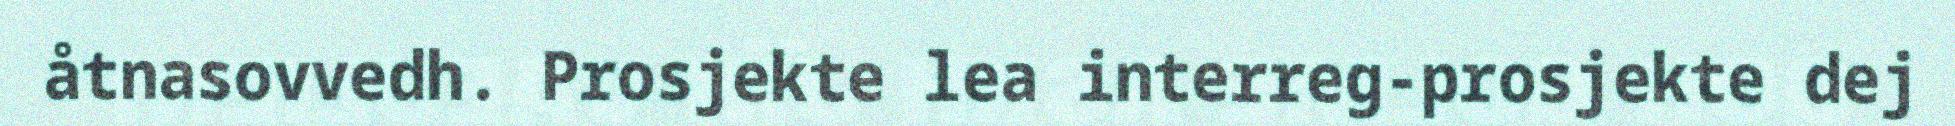
åtnasovvedh. Prosjekte lea interreg-prosjekte dej